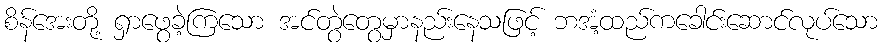
စိန်အေးတို့ ရှာဖွေခဲ့ကြသော အင်တွဲတွေမှာနည်းနေသဖြင့် ဘအံ့ထည်ကခေါင်းဆောင်လုပ်သော